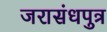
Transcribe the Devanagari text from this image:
जरासंधपुत्र